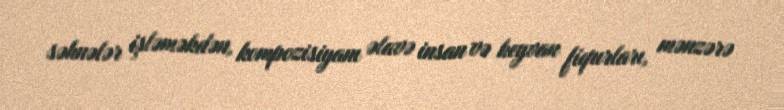
səhnələr işləməkdən, kompozisiyanı əlavə insan və heyvan fiqurları, mənzərə